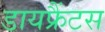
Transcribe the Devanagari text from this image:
डायफ्रैंटस